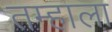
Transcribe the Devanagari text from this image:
तम्हाला